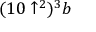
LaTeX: ( 1 0 \uparrow ^ { 2 } ) ^ { 3 } b